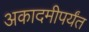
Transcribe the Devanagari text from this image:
अकादमीपर्यंत